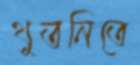
থুতনিতে